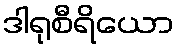
ဒါရုစီရိယော